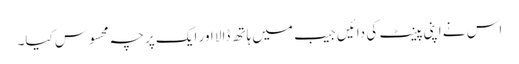
اس نے اپنی پینٹ کی دائیں جیب میں ہاتھ ڈالا اور ایک پرچہ محسوس کیا۔